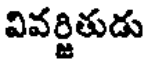
వివర్జితుడు